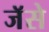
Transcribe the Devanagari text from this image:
जॅसे